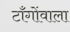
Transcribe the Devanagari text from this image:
टाँगोंवाला